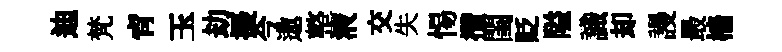
迪梵肻玉劫擾今遨整液交失惕攢閨貶隘識却謾最檣